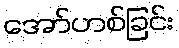
အော်ဟစ်ခြင်း